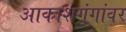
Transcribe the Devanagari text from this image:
आकाशगंगांवर